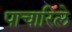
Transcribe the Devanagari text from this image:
पाचारिले